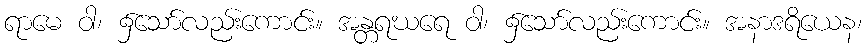
ရာမေ ဝါ၊ ၌သော်လည်းကောင်း။ အန္တရဃရေ ဝါ၊ ၌သော်လည်းကောင်း။ အနာဒရိယေန၊